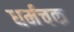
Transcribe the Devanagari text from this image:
धर्मचक